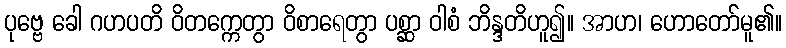
ပုဗ္ဗေ ခေါ ဂဟပတိ ဝိတက္ကေတွာ ဝိစာရေတွာ ပစ္ဆာ ဝါစံ ဘိန္ဒတိဟူ၍။ အာဟ၊ ဟောတော်မူ၏။